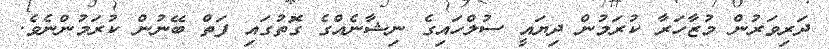
ދަރިވަރުން މުޒާހަރާ ކުރަމުން ދިޔައީ ސުލްހައިގެ ނިޝާނެއްގެ ގޮތުގައި ފަތް ބޭނުން ކުރަމުންނެވެ.